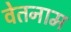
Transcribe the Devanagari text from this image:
वेतनाम